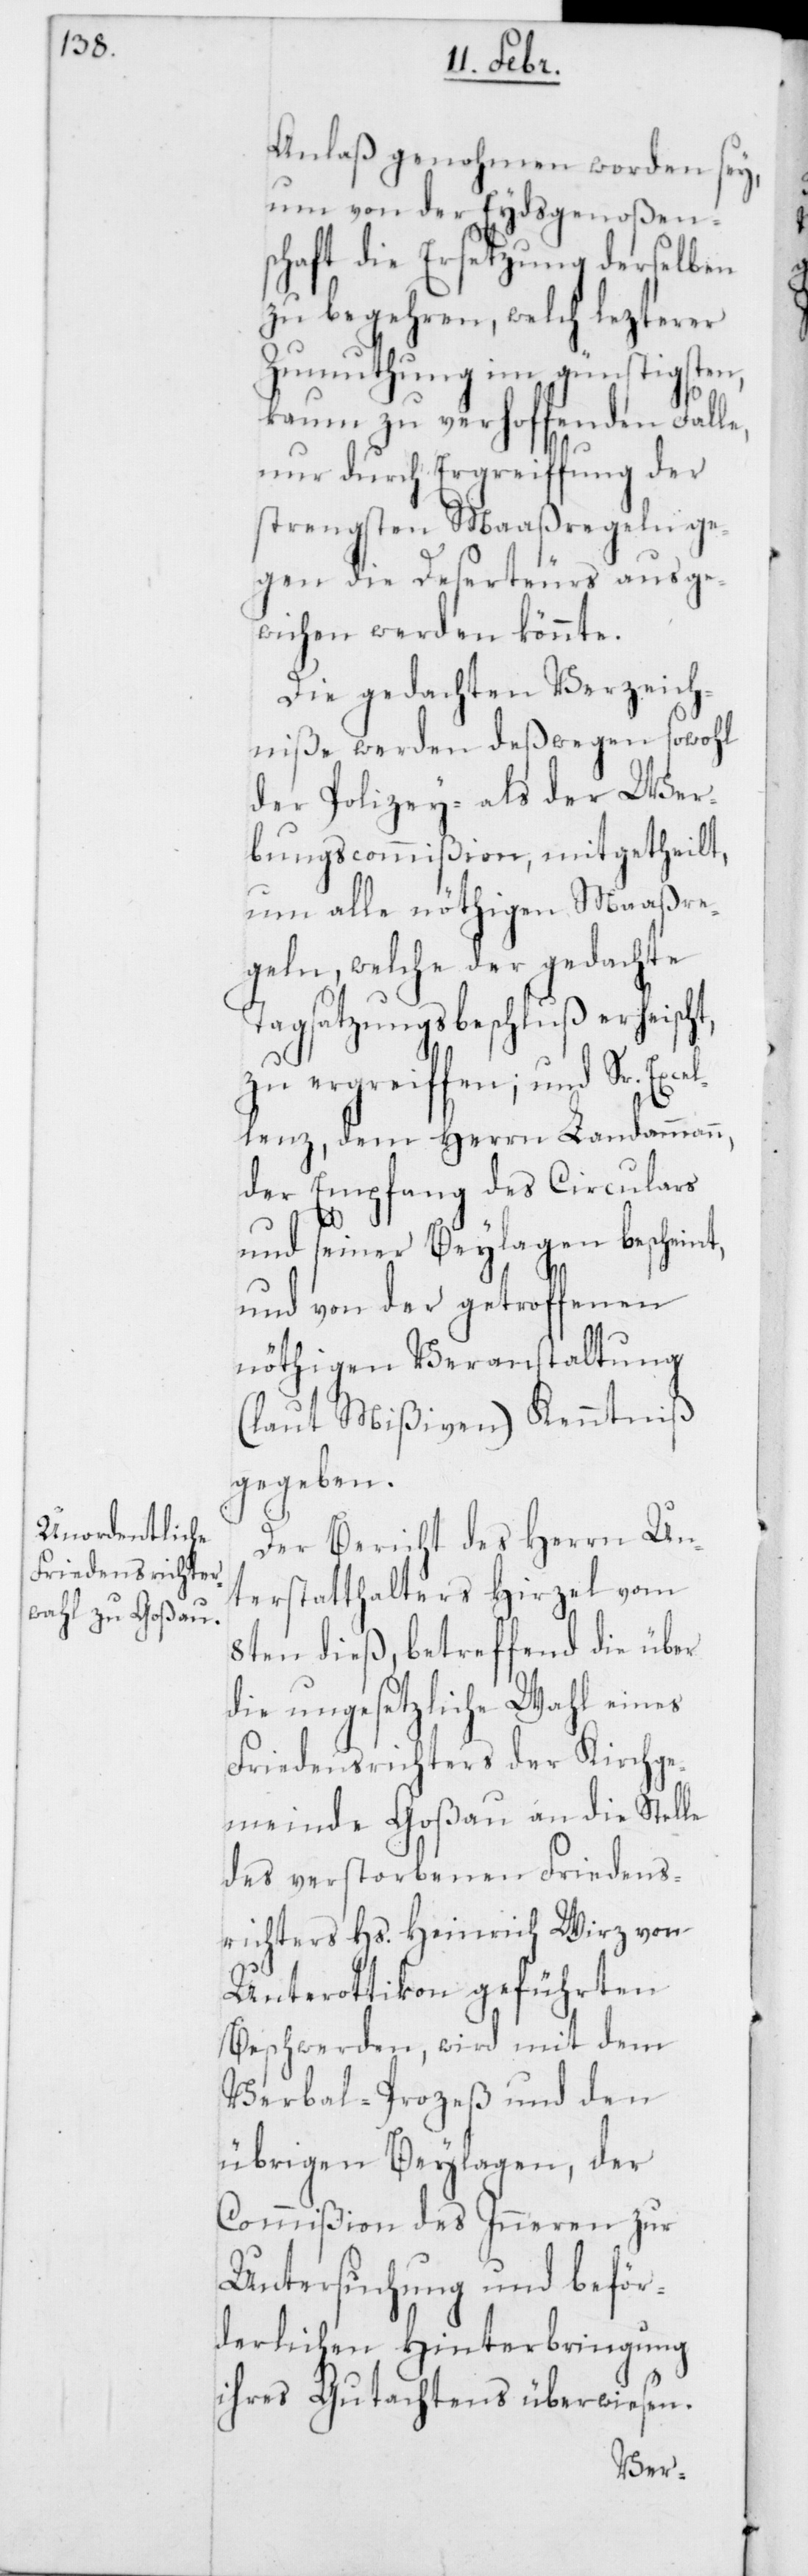
Anlaß genohmen worden sey,
um von der Eydsgenoßen¬
schaft die Ersetzung derselben
zu begehren, welch lezterer
Zumuthung im günstigsten,
kaum zu verhoffenden Fall¬
e, nur durch Ergreiffung der
strengsten Maaßregeln ge¬
gen die Deserteurs ausge¬
wichen werden könnte.
Die gedachten Verzeich¬
niße werden deßwegen sowohl
der Polizey- als der Wer¬
bungscommißion, mitgetheilt,
um alle nöthigen Maaßre¬
geln, welche der gedachte
Tagsatzungsbeschluß erheischt,
zu ergreiffen; und Sr. Exc¬
ellenz, dem Herrn Landammann,
der Empfang des Circulars
und seiner Beylagen bescheint,
und von der getroffenen
nöthigen Veranstaltung
(laut Mißiven) Kenntniß
gegeben.
Der Bericht des Herrn Un¬
terstatthalters Hirzel vom
8ten dieß, betreffend die über
die ungesetzliche Wahl eines
Friedensrichters der Kirchge¬
meinde Goßau an die Stelle
des verstorbenen Friedens¬
richters Hs. Heinrich Wirz von
Unterottikon geführten
Beschwerden, wird mit dem
Verbal-Prozeß und den
übrigen Beylagen, der
Commißion des Inneren zur
Untersuchung und beför¬
derlichen Hinterbringung
ihres Gutachtens überwiesen.